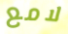
لامع